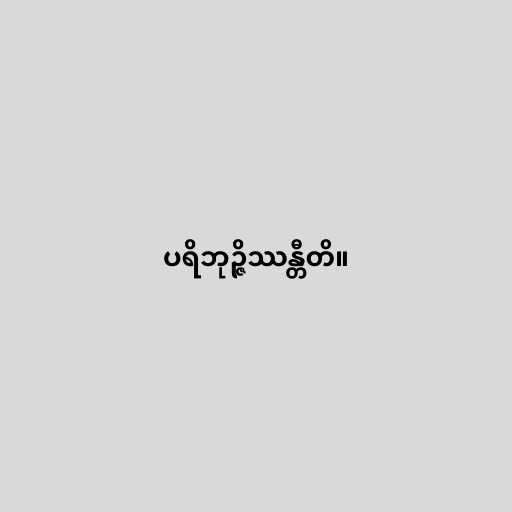
ပရိဘုဉ္ဇိဿန္တီတိ။